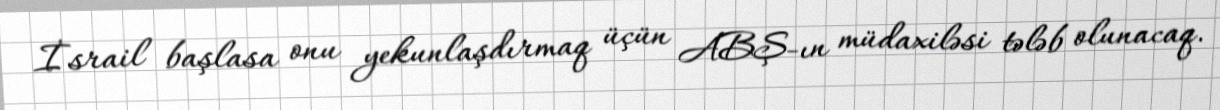
İsrail başlasa onu yekunlaşdırmaq üçün ABŞ-ın müdaxiləsi tələb olunacaq.